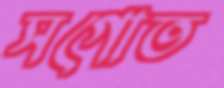
সগোত